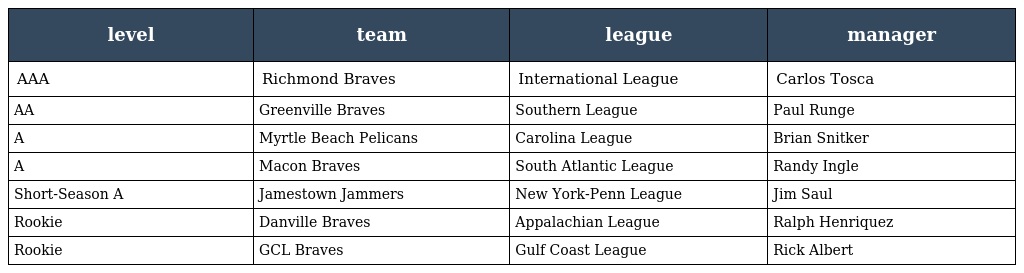
| level | team | league | manager |
 | --- | --- | --- | --- |
 | AAA | Richmond Braves | International League | Carlos Tosca |
 | AA | Greenville Braves | Southern League | Paul Runge |
 | A | Myrtle Beach Pelicans | Carolina League | Brian Snitker |
 | A | Macon Braves | South Atlantic League | Randy Ingle |
 | Short-Season A | Jamestown Jammers | New York-Penn League | Jim Saul |
 | Rookie | Danville Braves | Appalachian League | Ralph Henriquez |
 | Rookie | GCL Braves | Gulf Coast League | Rick Albert |